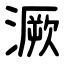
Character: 㵐